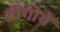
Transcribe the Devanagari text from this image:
य्रीगोयें